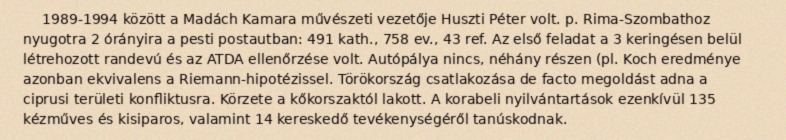
1989-1994 között a Madách Kamara művészeti vezetője Huszti Péter volt. p. Rima-Szombathoz nyugotra 2 órányira a pesti postautban: 491 kath., 758 ev., 43 ref. Az első feladat a 3 keringésen belül létrehozott randevú és az ATDA ellenőrzése volt. Autópálya nincs, néhány részen (pl. Koch eredménye azonban ekvivalens a Riemann-hipotézissel. Törökország csatlakozása de facto megoldást adna a ciprusi területi konfliktusra. Körzete a kőkorszaktól lakott. A korabeli nyilvántartások ezenkívül 135 kézműves és kisiparos, valamint 14 kereskedő tevékenységéről tanúskodnak.